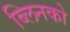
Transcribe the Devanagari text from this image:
ब्लिनको